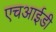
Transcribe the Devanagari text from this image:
एचआईडी